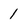
Character: 1